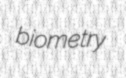
biometry